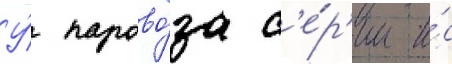
У́ парово́за с'е́р'ии и́с